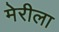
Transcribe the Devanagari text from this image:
मेरीला